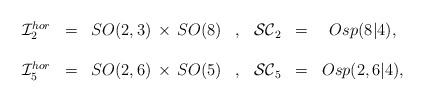
LaTeX: \begin{align*}\begin{array}{ccccccc}{\cal I}^{hor}_2 & = & SO(2,3) \, \times \, SO(8) & , &{\cal SC}_2 & = & Osp(8\vert 4), \\\null & \null & \null & \null & \null & \null & \null \\ {\cal I}^{hor}_5 & = & SO(2,6) \, \times \, SO(5) & , &{\cal SC}_5 & = & Osp(2,6\vert 4), \\\end{array}\end{align*}